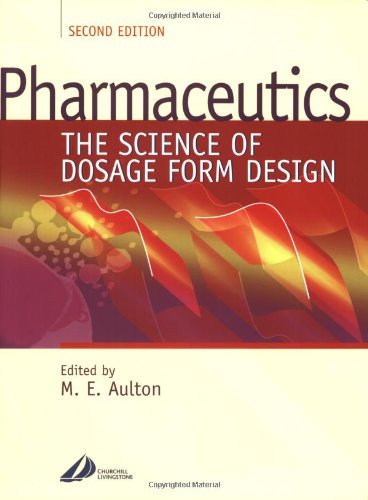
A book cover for Pharmaceutics: The Science of Dosage Form Design, 2e; Medical Books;